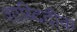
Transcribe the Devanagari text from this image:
शाब्दिदीक